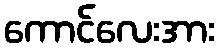
ကောင်လေးအား